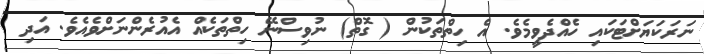
ނަރަކަޔަށްޓަކައި ހެއްދެވީމެވެ. އެ ހިތްތަކުން ( ގޮތް) ނުވިސްނޭ ހިތްތަކެއް އެއުރެންނަށްވެއެވެ. އަދި